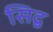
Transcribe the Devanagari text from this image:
सिद्ब